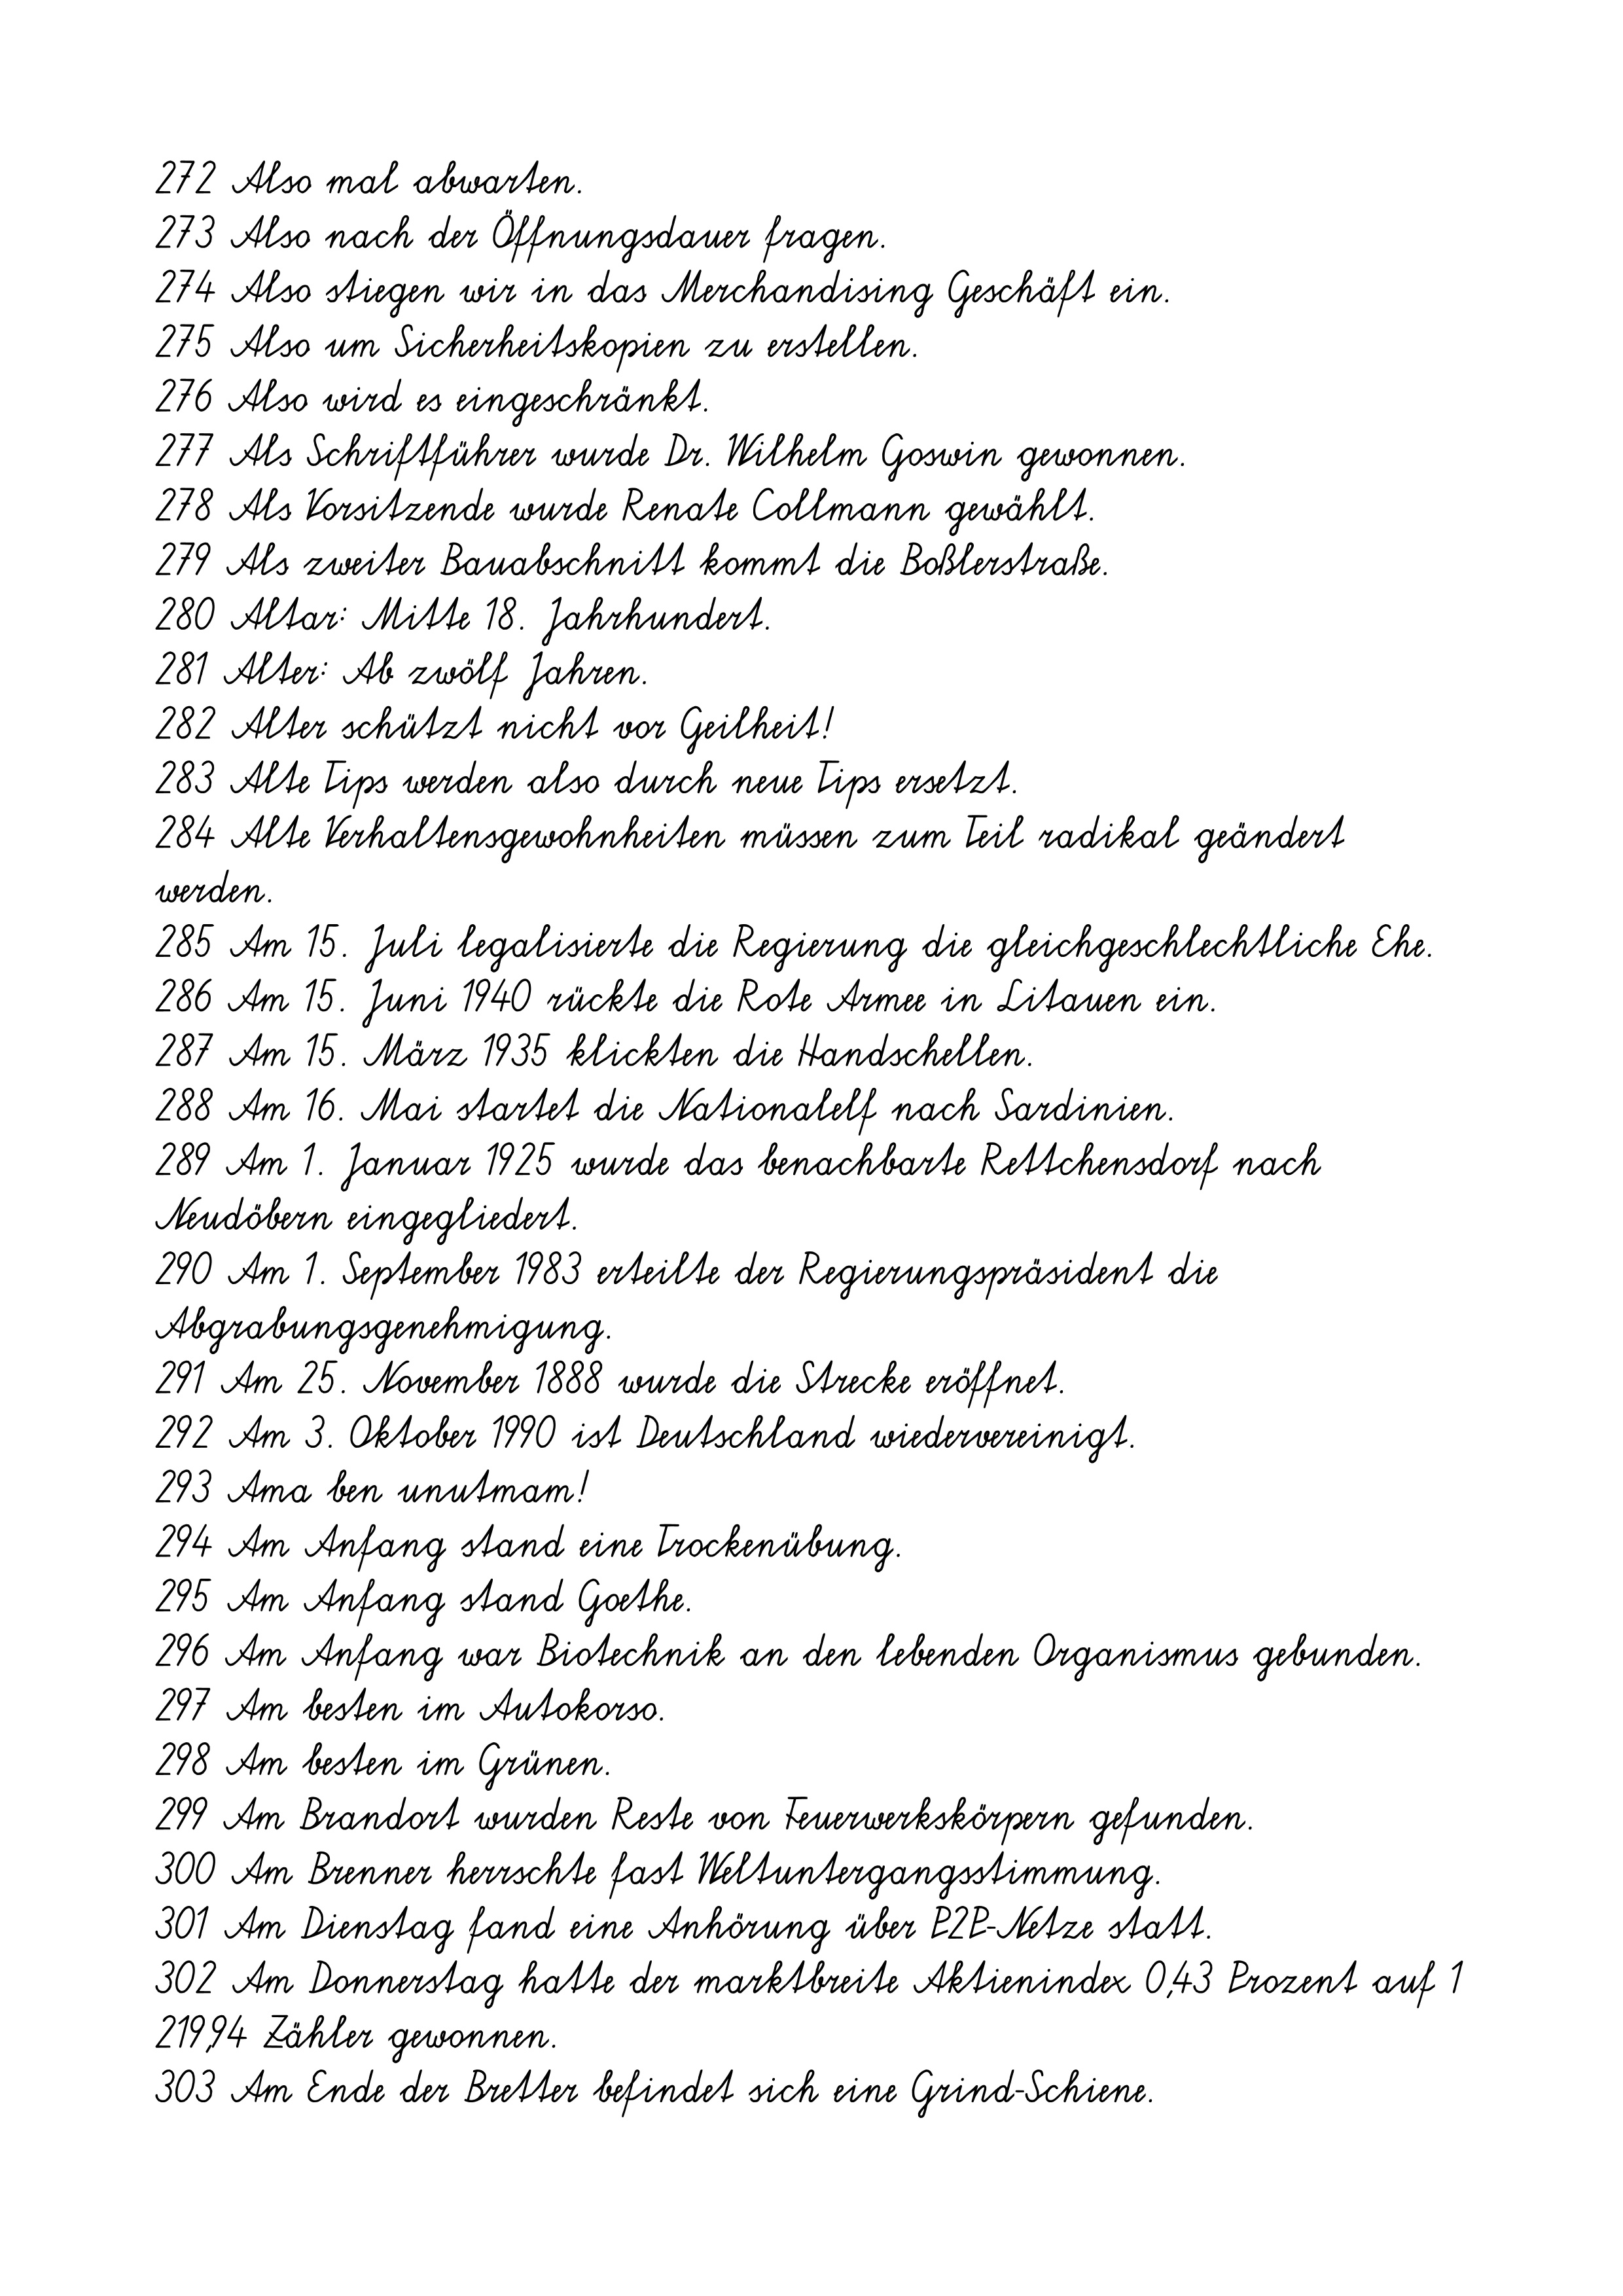
272 Also mal abwarten.
273 Also nach der Öffnungsdauer fragen.
274 Also stiegen wir in das Merchandising Geschäft ein.
275 Also um Sicherheitskopien zu erstellen.
276 Also wird es eingeschränkt.
277 Als Schriftführer wurde Dr. Wilhelm Goswin gewonnen.
278 Als Vorsitzende wurde Renate Collmann gewählt.
279 Als zweiter Bauabschnitt kommt die Boßlerstraße.
280 Altar: Mitte 18. Jahrhundert.
281 Alter: Ab zwölf Jahren.
282 Alter schützt nicht vor Geilheit!
283 Alte Tips werden also durch neue Tips ersetzt.
284 Alte Verhaltensgewohnheiten müssen zum Teil radikal geändert
werden.
285 Am 15. Juli legalisierte die Regierung die gleichgeschlechtliche Ehe.
286 Am 15. Juni 1940 rückte die Rote Armee in Litauen ein.
287 Am 15. März 1935 klickten die Handschellen.
288 Am 16. Mai startet die Nationalelf nach Sardinien.
289 Am 1. Januar 1925 wurde das benachbarte Rettchensdorf nach
Neudöbern eingegliedert.
290 Am 1. September 1983 erteilte der Regierungspräsident die
Abgrabungsgenehmigung.
291 Am 25. November 1888 wurde die Strecke eröffnet.
292 Am 3. Oktober 1990 ist Deutschland wiedervereinigt.
293 Ama ben unutmam!
294 Am Anfang stand eine Trockenübung.
295 Am Anfang stand Goethe.
296 Am Anfang war Biotechnik an den lebenden Organismus gebunden.
297 Am besten im Autokorso.
298 Am besten im Grünen.
299 Am Brandort wurden Reste von Feuerwerkskörpern gefunden.
300 Am Brenner herrschte fast Weltuntergangsstimmung.
301 Am Dienstag fand eine Anhörung über P2P-Netze statt.
302 Am Donnerstag hatte der marktbreite Aktienindex 0,43 Prozent auf 1
219,94 Zähler gewonnen.
303 Am Ende der Bretter befindet sich eine Grind-Schiene.